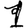
Digit: 1